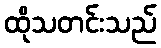
ထိုသတင်းသည်